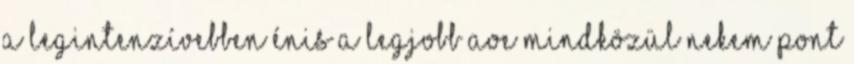
a legintenzívebben énis A legjobb AoE mindközül Nekem pont